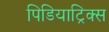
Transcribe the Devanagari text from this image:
पिडियाट्रिक्स